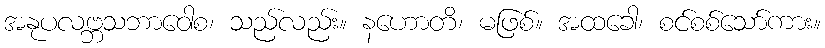
အနုပလဗ္ဘသဘာဝေါစ၊ သည်လည်း။ နဟောတိ၊ မဖြစ်။ အထခေါ၊ စင်စစ်သော်ကား။